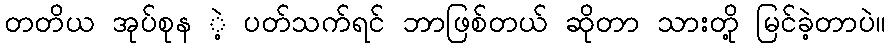
တတိယ အုပ်စုန ဲ့ ပတ်သက်ရင် ဘာဖြစ်တယ် ဆိုတာ သားတို့ မြင်ခဲ့တာပဲ။